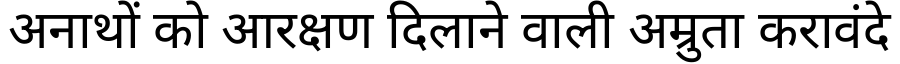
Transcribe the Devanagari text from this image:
अनाथों को आरक्षण दिलाने वाली अम्रुता करावंदे